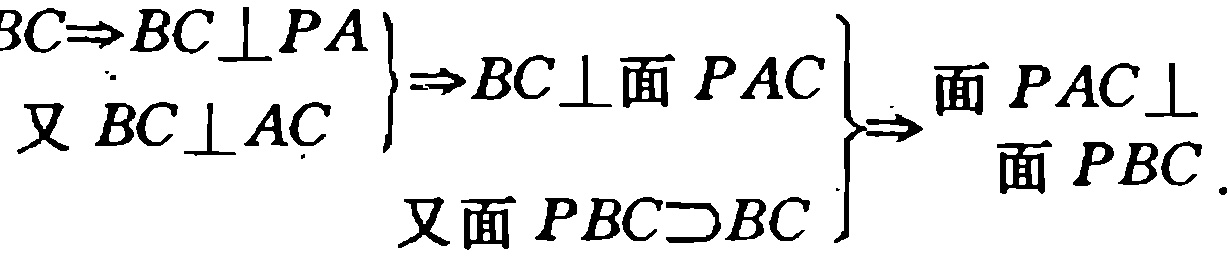
$ \left.\begin{array}{l}

BC\Rightarrow BC\perp PA \\

\text{又 }BC\perp AC

\end{array}\right\}\Rightarrow BC\perp\text{面 }PAC\left.\begin{array}{l}

\\

\text{又面 }PBC\supset BC

\end{array}\right\}\Rightarrow

\begin{array}{l}

\text{面 }PAC\perp \\

\text{面 }PBC.

\end{array}$